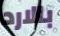
بالارد